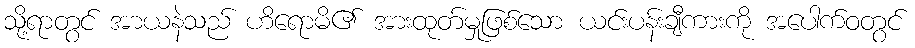
သို့ရာတွင် အာယနဲသည် ဟိရောမိ၏ အားထုတ်မှုဖြစ်သော ယင်းပန်းချီကားကို အပေါက်ဝတွင်